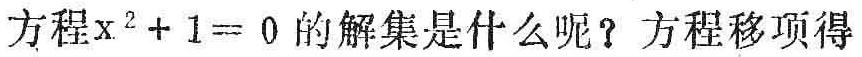
方程\(x^{2}+1 = 0\)的解集是什么呢？方程移项得